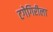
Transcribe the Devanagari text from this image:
टगेगिरीला